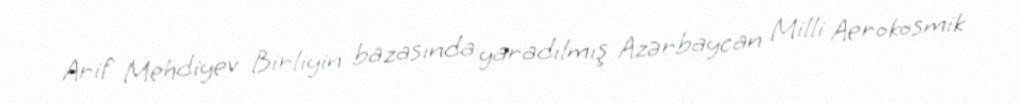
Arif Mehdiyev Birliyin bazasında yaradılmış Azərbaycan Milli Aerokosmik